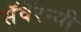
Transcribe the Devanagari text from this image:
सॅवॅरन्यी